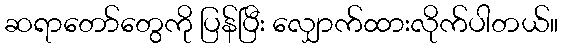
ဆရာတော်တွေကို ပြန်ပြီး လျှောက်ထားလိုက်ပါတယ်။